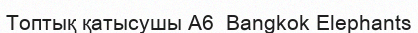
Топтық қатысушы A6  Bangkok Elephants